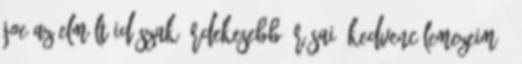
Joe Az elmúlt időszak érdekesebb í­rásai: Kedvenc lemezeim –